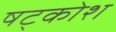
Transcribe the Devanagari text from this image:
षट्कोश